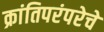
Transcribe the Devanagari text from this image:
क्रांतिपरंपरेचे